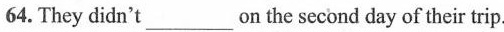
64. They didn't___on the second day of their trip.